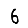
Digit: 6